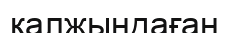
қалжыңдаған